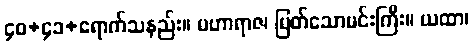
၄၀+၄၁+ရောက်သနည်း။ မဟာရာဇ၊ မြတ်သောမင်းကြီး။ ယထာ၊